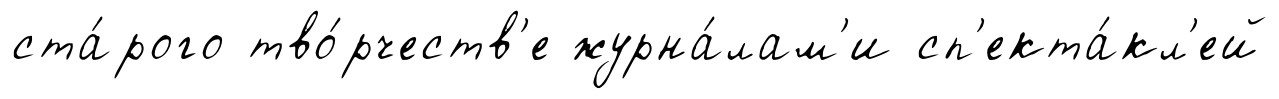
ста́рого тво́рчеств'е журна́лам'и сп'екта́кл'ей